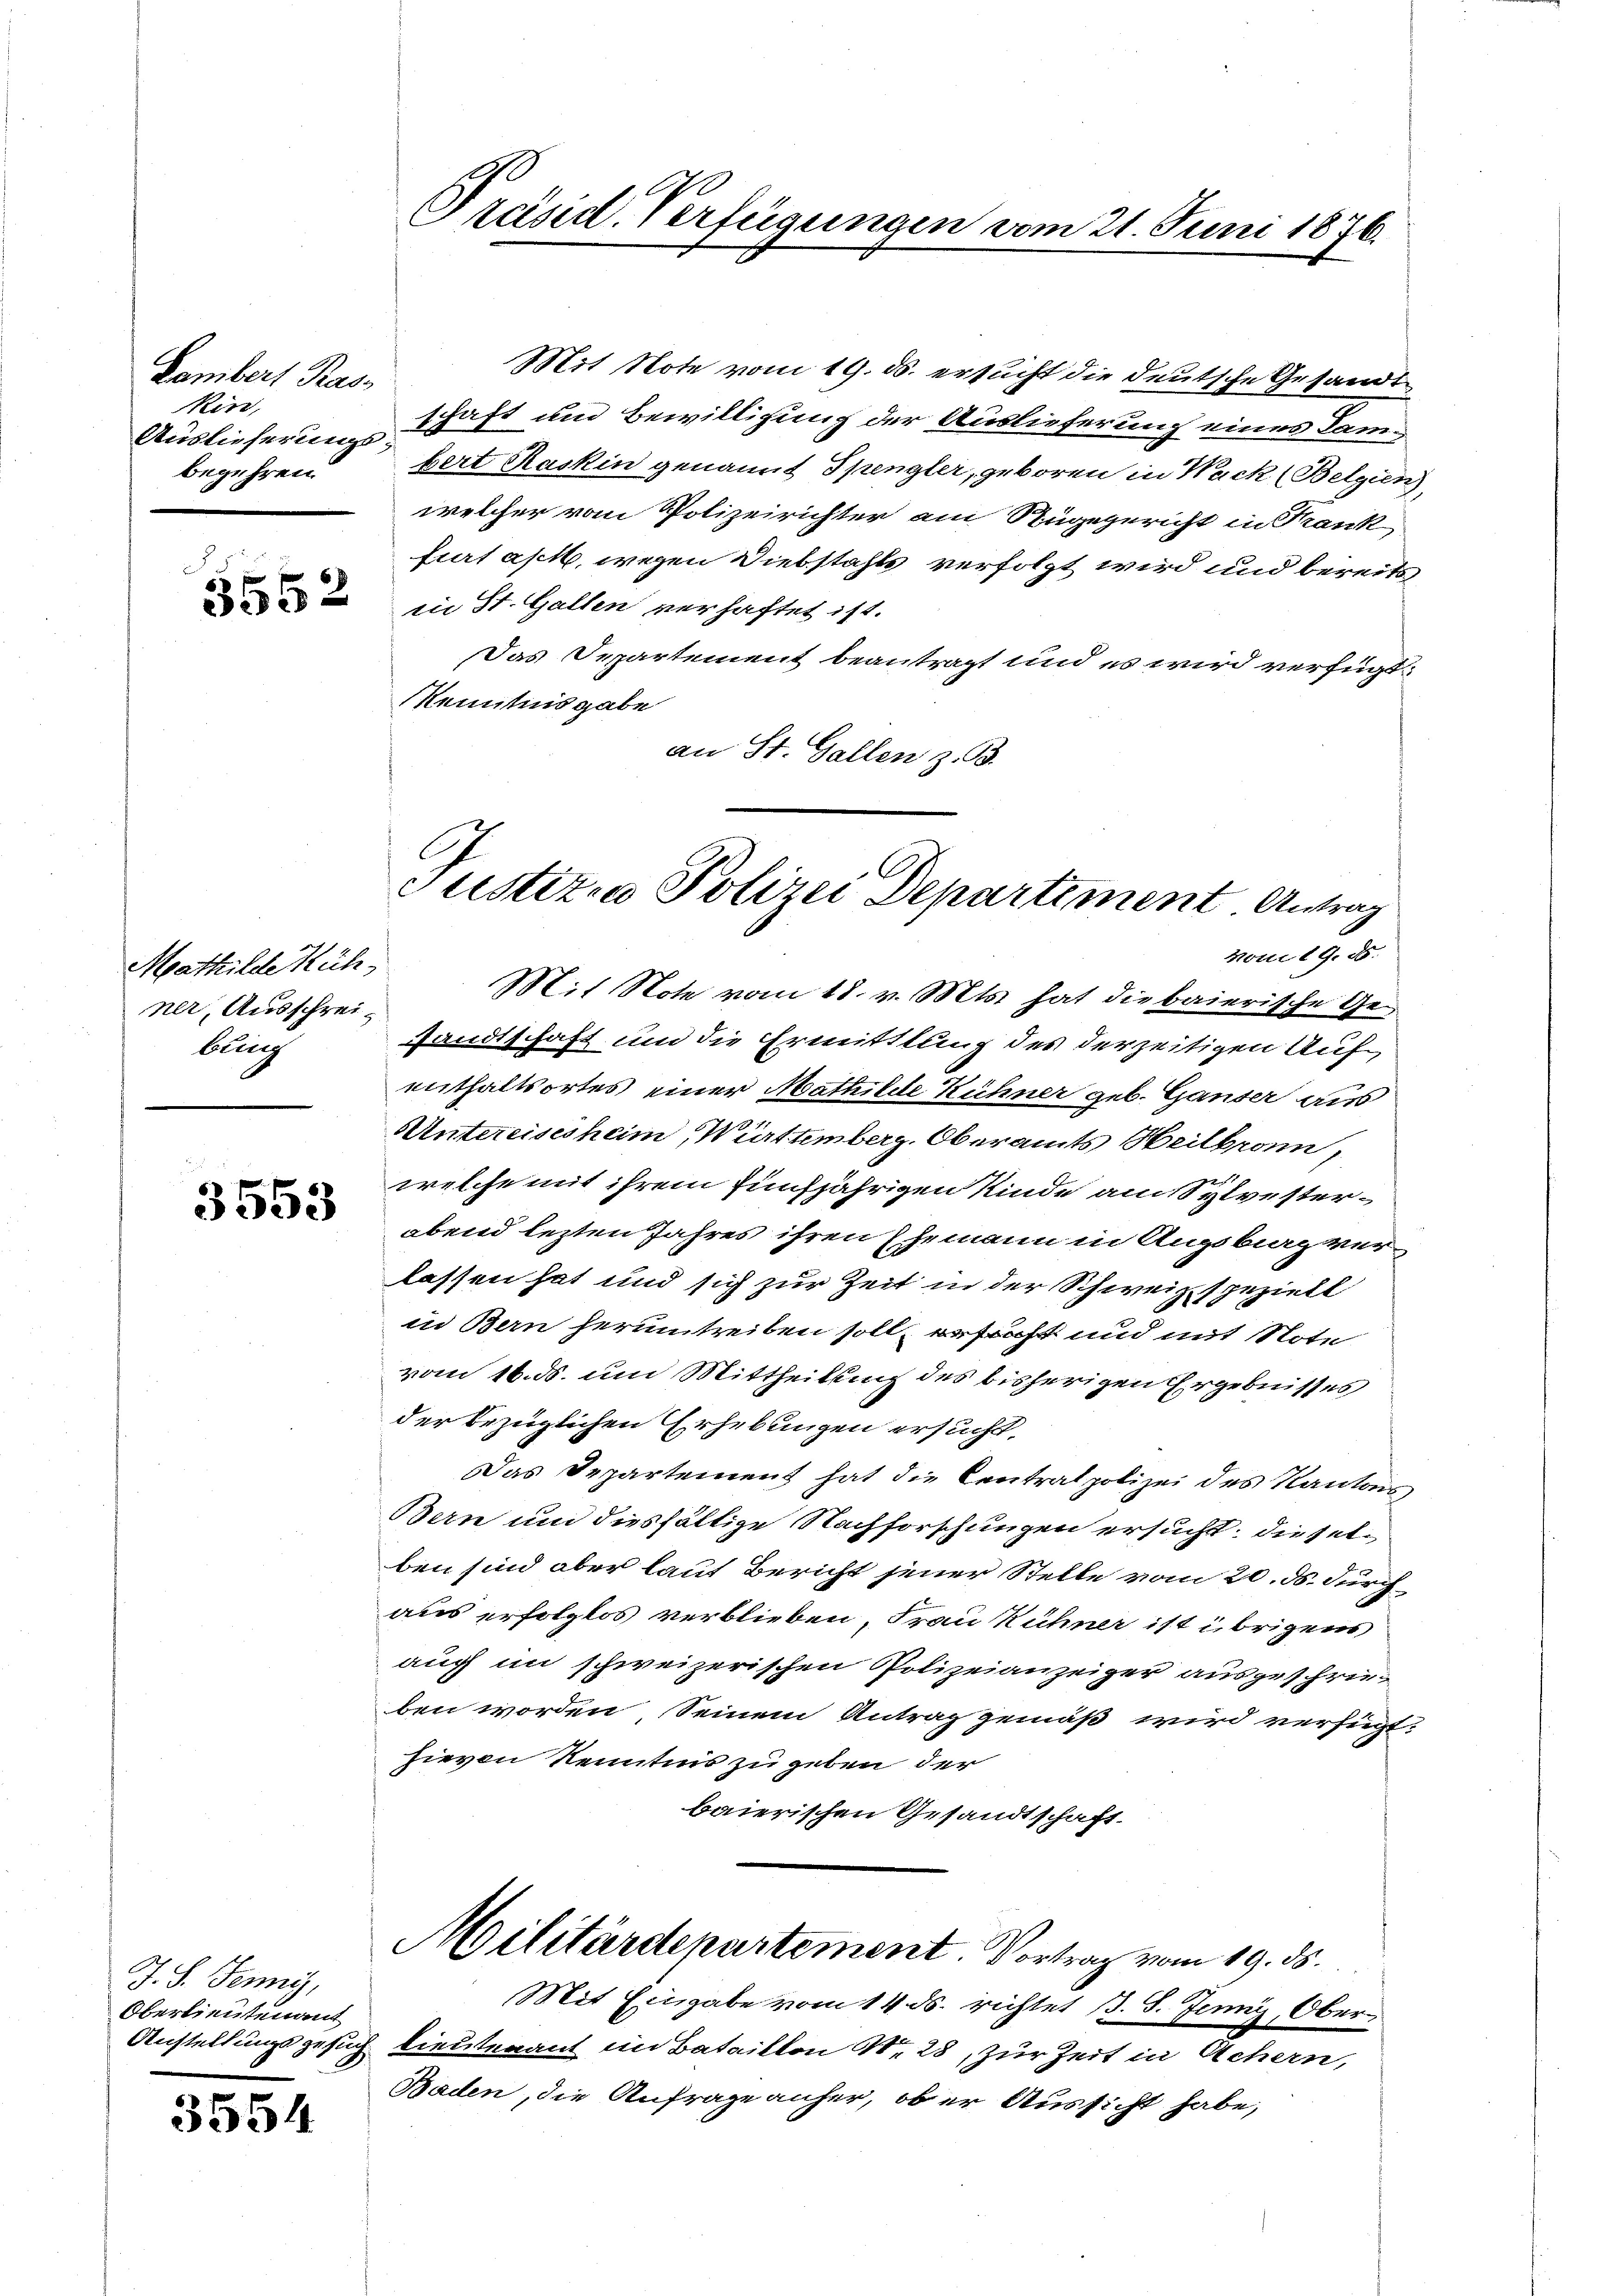
Lambert Pass
kin,
Auslieferungsbegehren.

5552

Mathilde Küh
ner, Ausschreiblich

3553

J. S. Jenny,
Oberlieutenant

3554

Präsid. Verfügungen vom 21. Juni 1876.

Mit Note vom 19. ds. ersucht die deutsche Gesandtschaft und Bewilligung der Auslieferung eines Lambert Raskin genannt Spengler, geboren in Wack (Belgien),
welcher vom Polizeirichter am Rugegericht in Krank
furt ast, wegen Diebstahls verfolgt wird und bereits
in St. Gallen verhaftet ist.
Das Departement beantragt und es wird verfügt:
Kenntnisgabe
an St. Gallen z. B.

Justizia Polizei Departement Antrag

Mit Note vom 18. v. Mts. hat die baierische Gesandtschaft und die Ermittlung des derzeitigen Auf
enthaltsortes einer Mathilde Kühner geb. Gänser aus
Untereisesheim, Württemberg. Oberamts Heilbronn,
welche mit ihrem fünfjährigen Kinde am Sylvesterabend lezten Jahres ihren Ehemann in Augsburg verlassen hat und sich zur Zeit in der Schweiz speziell
in Bern herumtreiben soll, erfruht und mit Note
vom 16. ds. um Mittheilung des bisherigen Ergebnisses
der bezüglichen Erhebungen ersucht,
Das Departement hat die Centralpolizei des Kantons
Bern und diesfältige Nachforschungen ersucht; dieselben sind aber laut Bericht jener Stelle vom 20. ds. durch
aus erfolglos verblieben, Frau Kühner ist übrigens
auch im schweizerischen Polizeianzeiger ausgeschrieben worden, Seinem Antrag gemäß wird verfügt:
hievon Kenntnis zu geben der
baierischen Gesandtschaft.

von 19. 55.

Militärdepartement. Vortrag vom 19. ds.

Mit Eingabe vom 14. ds. richtet B. S. Jenny, Ober¬

Anstellungsgesuch lieutenant im Bataillon Nr. 28, zur Zeit in Achern,
Baden, die Anfrage anher, ob er Aussicht habe,